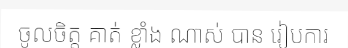
ចូលចិត្ត គាត់ ខ្លាំង ណាស់ បាន រៀបការ